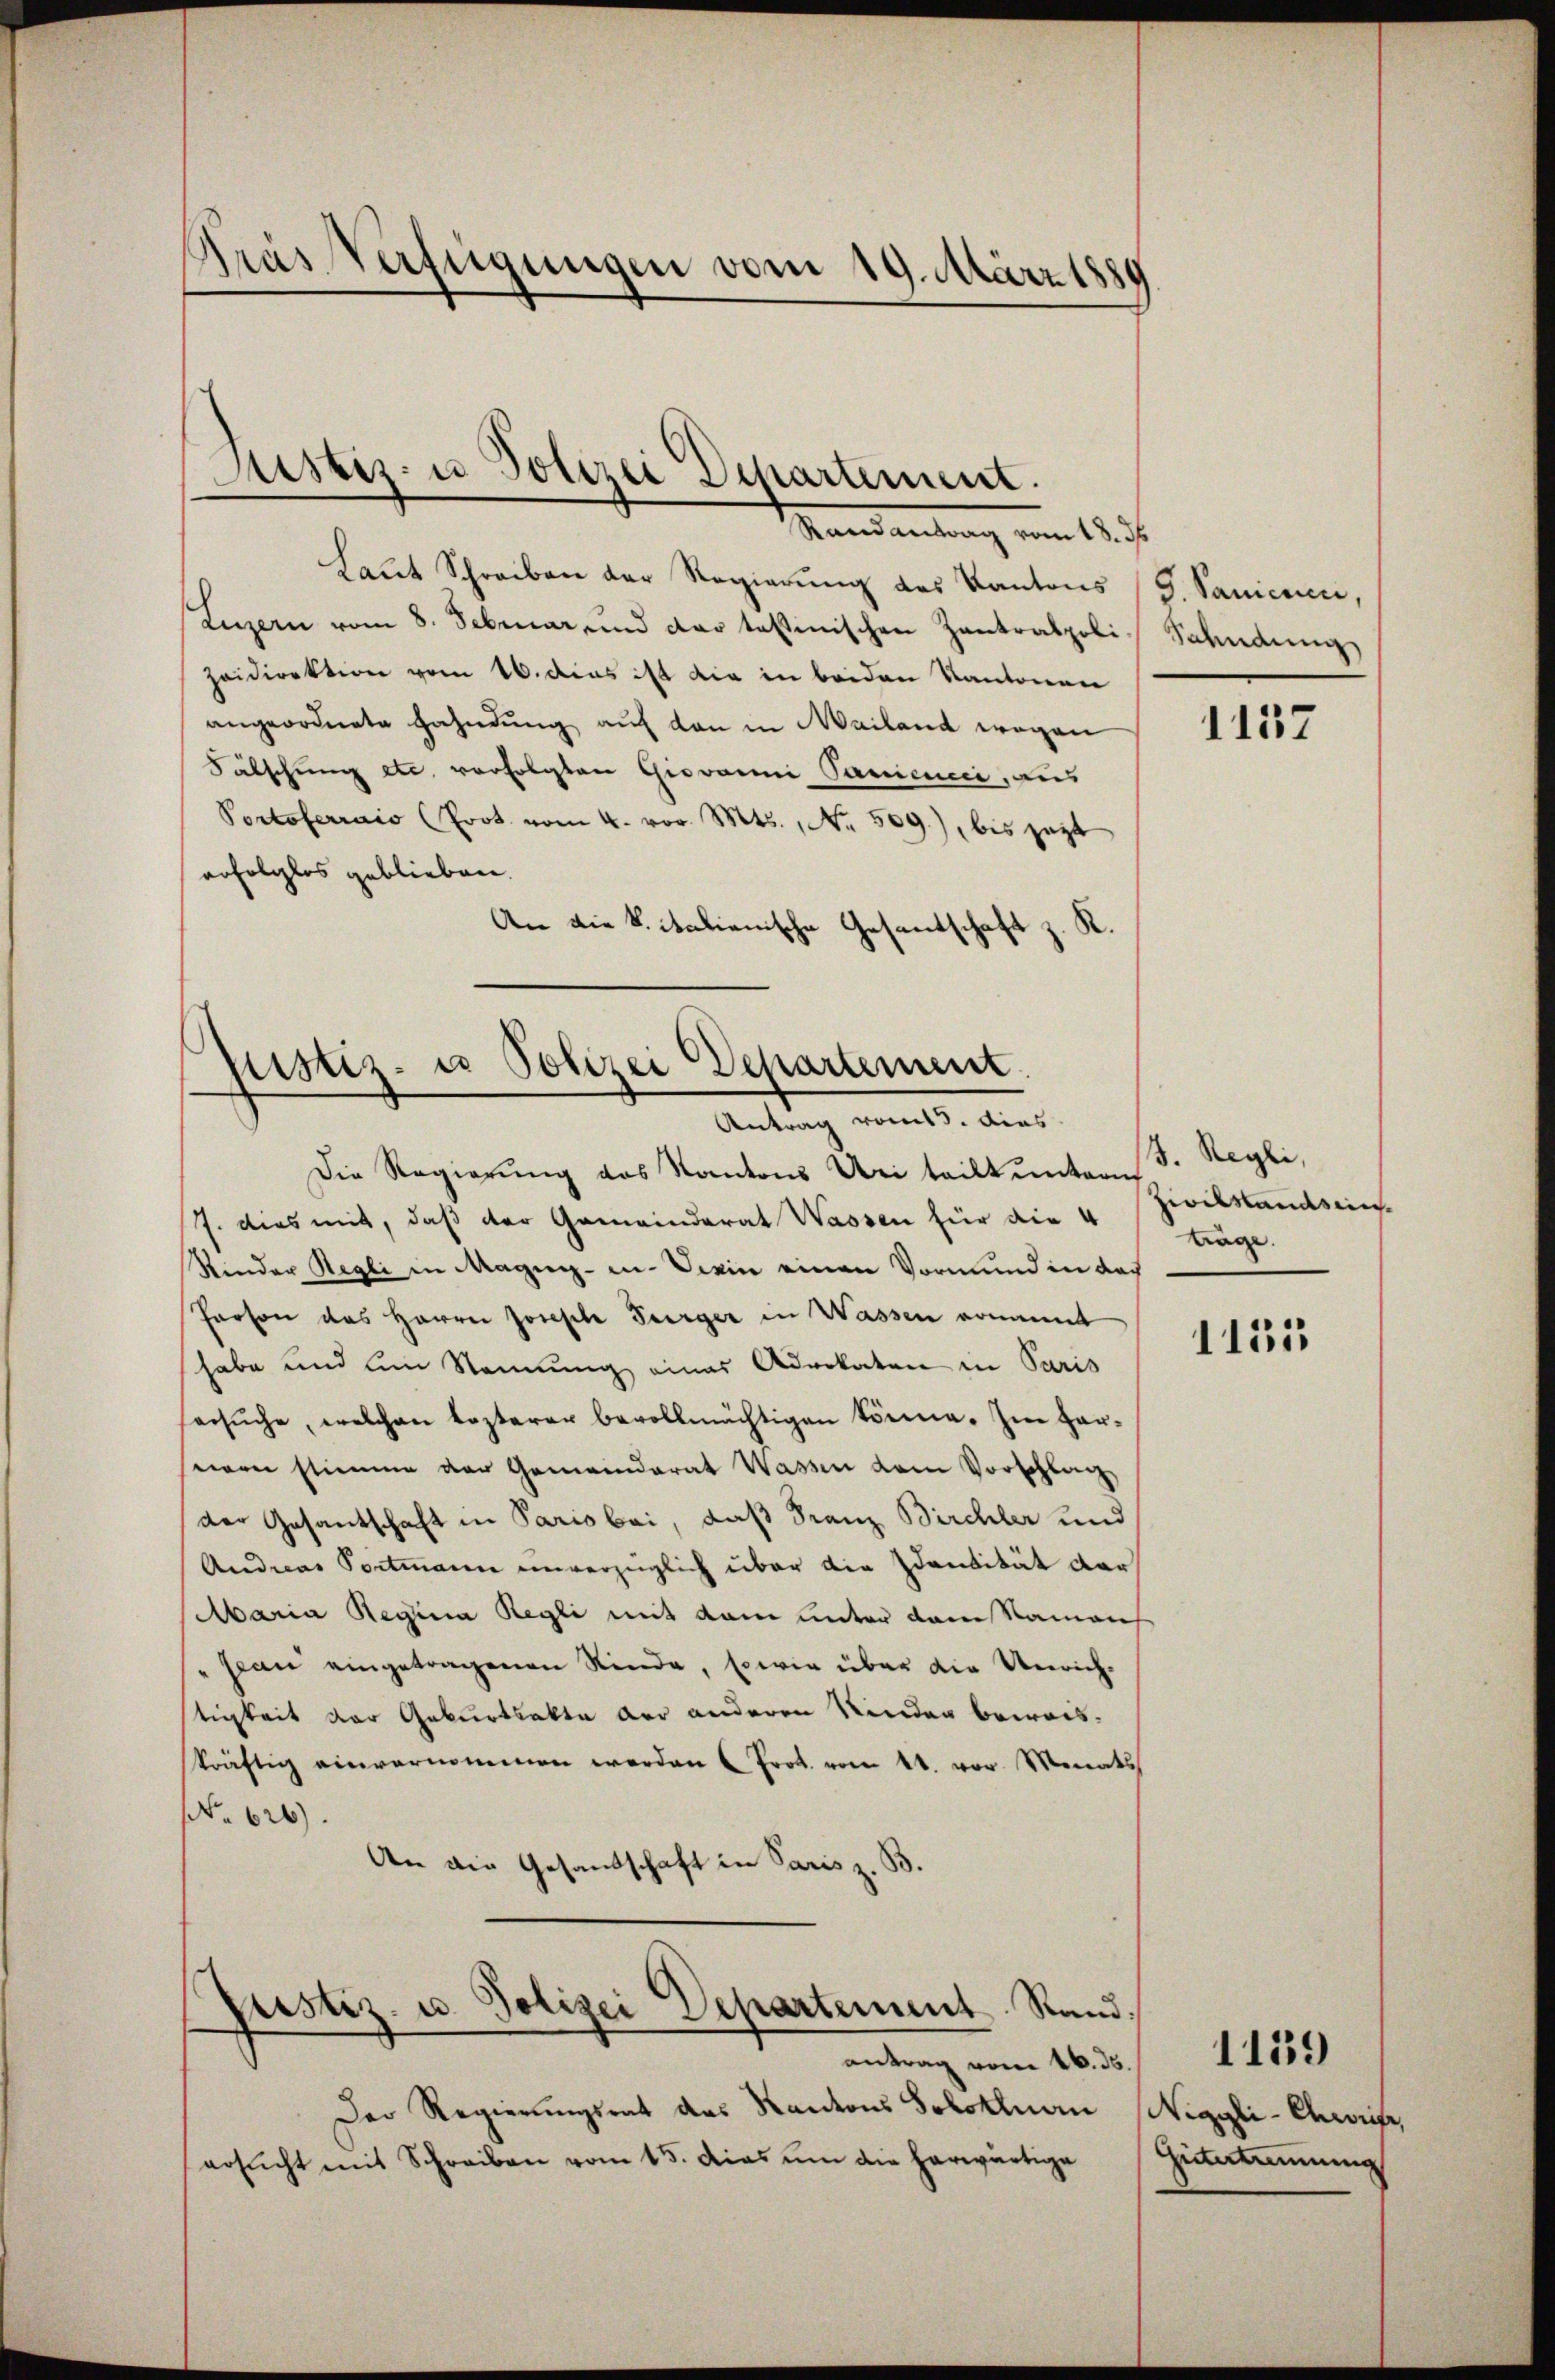
Pras Verfügungen vom 19. März 1880

Justiz- u Polizei Departement.
Mandantung vom 18.

Laŭt Schreiben der Regierŭng des Kantons (G. Saniceci,
Luzern vom 8. Februar und dar testinischen Zantralpoli
Haidirektion vom 16. dies ist die in beiden Kantonen
angeordnete Fahndung auf den in Mailand wegen
Fälschung etc. verfolgten Giovanni Sanicii, aus
Portoferrais (Prot. vom 4. vor. Mts., Nr. 509), bis jezt
erfolglos geblieben.
An die Sitalienische Gesantschaft z. K.

Justiz- u Polizei Departement.
Antrag vom 5. dies

Die Regierung des Kantons Bei teilt untern
/7. dies mit, daß der Gemeinderat Wassen für die 4 Zivilstandsein.
Rinder Regli in Magny- in. Derin einen Vormund in doch
Person das Herrn Joseph Turger in Wassen ernannt
habe und am Sennung eines Advokaten in Paris
ersŭche, welchen lezterer bevollmächtigen könne. Im Herern stimme der Gemeinderat Wassen dem Vorschlag
der Gesantschaft in Parisbai, daß Franz Birchler und
Andreas Portmann unverzüglich über die Identität der
Maria Regina Regli mit dem unter dem Namens
" Jean eingetragenen Rinde, sowie über die Unrichtigkeit der Geburtsakte der anderen Rieder beweisskräftig einvernommen werden u Prot. vom 14. vor. Monats
No 626).
An die Gesandtschaft in Paris z. B.
Justiz- u. Polizei Departement. Stand.
antrag vom 16. ds. 1859
Der Regierungsrat des Kantons Solothuan Niggli-Chweife
ersŭcht mit Schreiben vom 15. das ŭm die herwärtige Hüttimung

Sahndung

J. Regli,
träge.

1157

1131